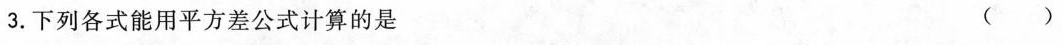
3.下列各式能用平方差公式计算的是 ( )